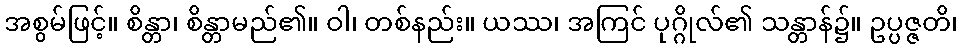
အစွမ်ဖြင့်။ စိန္တာ၊ စိန္တာမည်၏။ ဝါ၊ တစ်နည်း။ ယဿ၊ အကြင် ပုဂ္ဂိုလ်၏ သန္တာန်၌။ ဥပ္ပဇ္ဇတိ၊